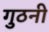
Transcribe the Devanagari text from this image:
गुठनी